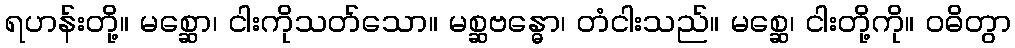
ရဟန်းတို့။ မစ္ဆော၊ ငါးကိုသတ်သော။ မစ္ဆဗန္ဓော၊ တံငါးသည်။ မစ္ဆေ၊ ငါးတို့ကို။ ဝဓိတွာ